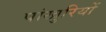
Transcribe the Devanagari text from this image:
पांखुरियों